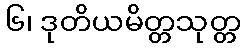
၆၊ ဒုတိယမိတ္တသုတ္တ